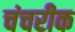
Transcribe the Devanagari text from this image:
चंचरीक